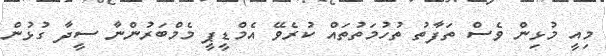
މިއީ މުޅިން ވެސް ތަފާތު ތުހުމަތުތައް ކުރެވޭ އެމްޑީޕީ މެމްބަރުންނާ ސީދާ ގުޅުން